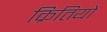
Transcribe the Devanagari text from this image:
क्रितियों